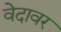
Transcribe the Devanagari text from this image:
वेदावर